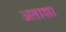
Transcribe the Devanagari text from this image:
अताशा